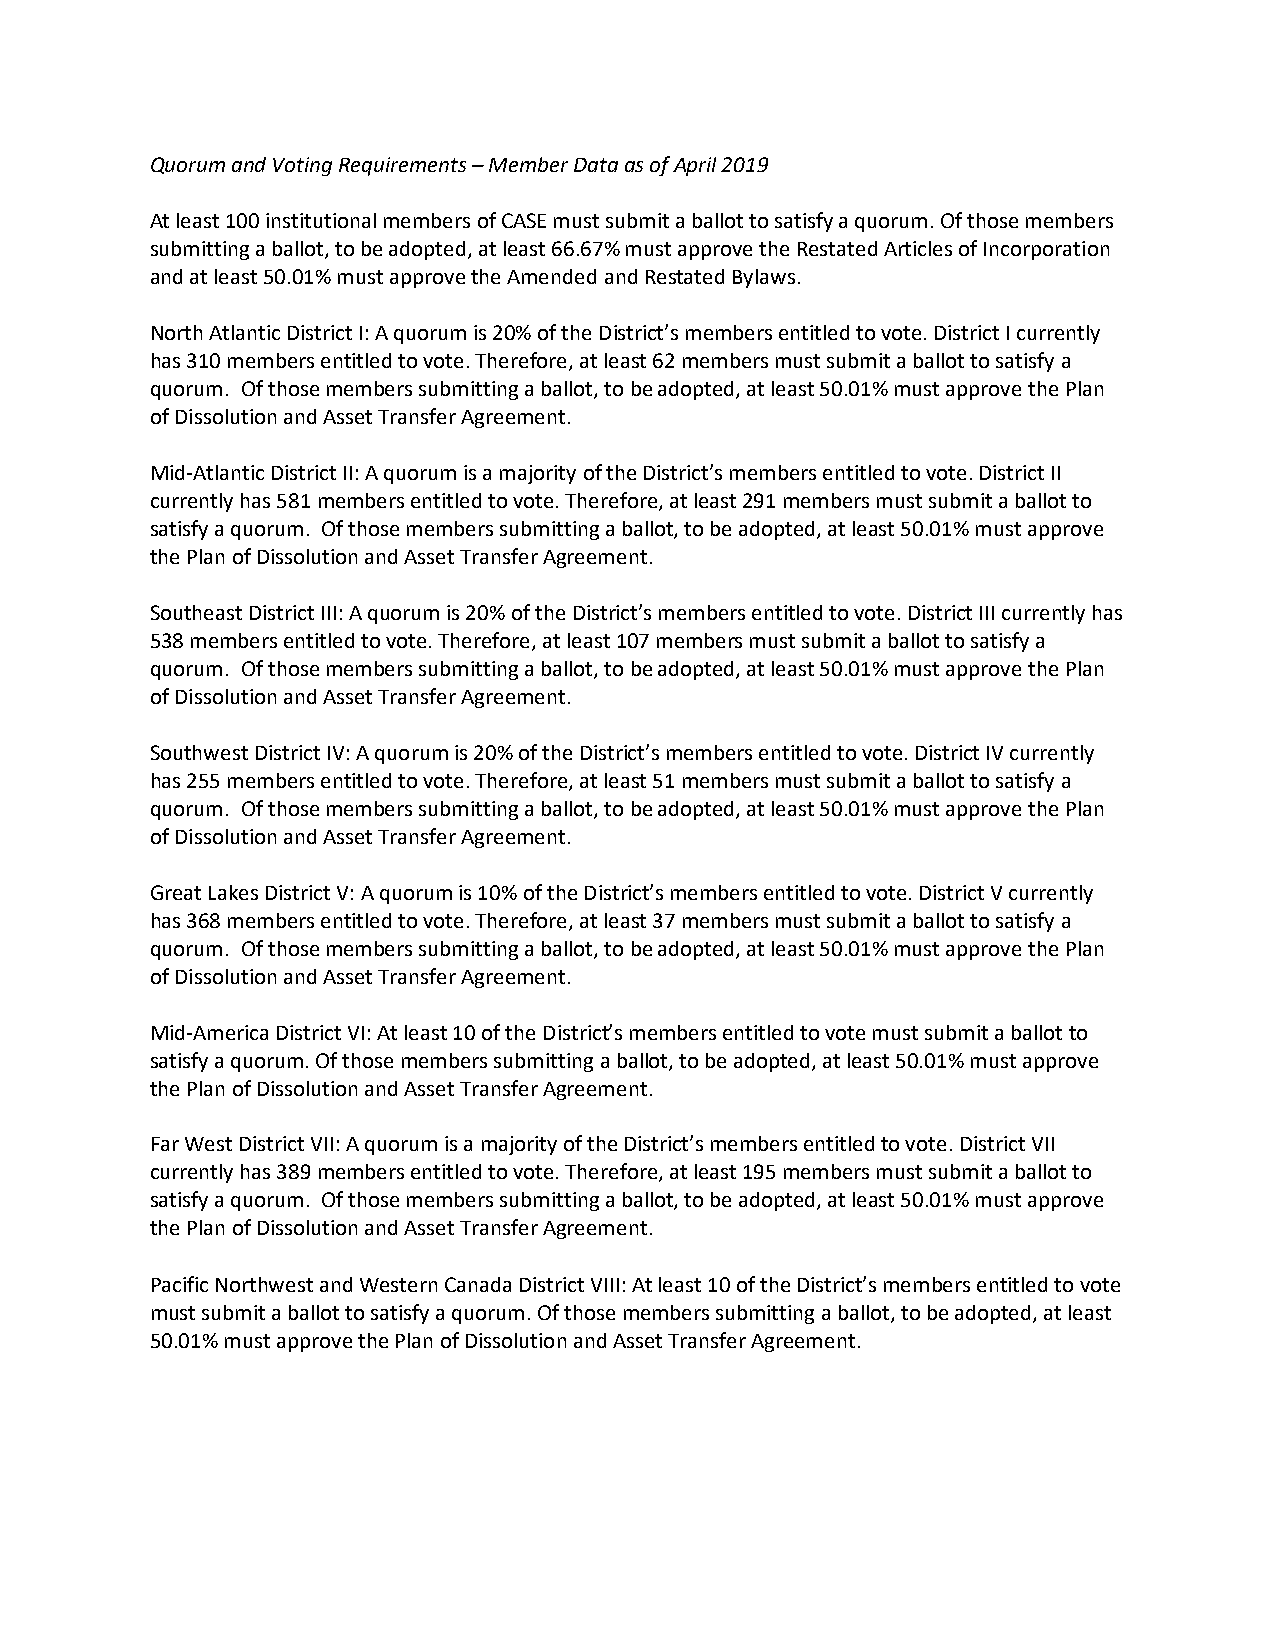
Quorum and Voting Requirements – Member Data as of April 2019
 At least 100 institutional members of CASE must submit a ballot to satisfy a quorum. Of those members
 submitting a ballot, to be adopted, at least 66.67% must approve the Restated Articles of Incorporation
 and at least 50.01% must approve the Amended and Restated Bylaws.
 North Atlantic District I: A quorum is 20% of the District’s members entitled to vote. District I currently
 has 310 members entitled to vote. Therefore, at least 62 members must submit a ballot to satisfy a
 quorum. Of those members submitting a ballot, to be adopted, at least 50.01% must approve the Plan
 of Dissolution and Asset Transfer Agreement.
 Mid-Atlantic District II: A quorum is a majority of the District’s members entitled to vote. District II
 currently has 581 members entitled to vote. Therefore, at least 291 members must submit a ballot to
 satisfy a quorum. Of those members submitting a ballot, to be adopted, at least 50.01% must approve
 the Plan of Dissolution and Asset Transfer Agreement.
 Southeast District III: A quorum is 20% of the District’s members entitled to vote. District III currently has
 538 members entitled to vote. Therefore, at least 107 members must submit a ballot to satisfy a
 quorum. Of those members submitting a ballot, to be adopted, at least 50.01% must approve the Plan
 of Dissolution and Asset Transfer Agreement.
 Southwest District IV: A quorum is 20% of the District’s members entitled to vote. District IV currently
 has 255 members entitled to vote. Therefore, at least 51 members must submit a ballot to satisfy a
 quorum. Of those members submitting a ballot, to be adopted, at least 50.01% must approve the Plan
 of Dissolution and Asset Transfer Agreement.
 Great Lakes District V: A quorum is 10% of the District’s members entitled to vote. District V currently
 has 368 members entitled to vote. Therefore, at least 37 members must submit a ballot to satisfy a
 quorum. Of those members submitting a ballot, to be adopted, at least 50.01% must approve the Plan
 of Dissolution and Asset Transfer Agreement.
 Mid-America District VI: At least 10 of the District’s members entitled to vote must submit a ballot to
 satisfy a quorum. Of those members submitting a ballot, to be adopted, at least 50.01% must approve
 the Plan of Dissolution and Asset Transfer Agreement.
 Far West District VII: A quorum is a majority of the District’s members entitled to vote. District VII
 currently has 389 members entitled to vote. Therefore, at least 195 members must submit a ballot to
 satisfy a quorum. Of those members submitting a ballot, to be adopted, at least 50.01% must approve
 the Plan of Dissolution and Asset Transfer Agreement.
 Pacific Northwest and Western Canada District VIII: At least 10 of the District’s members entitled to vote
 must submit a ballot to satisfy a quorum. Of those members submitting a ballot, to be adopted, at least
 50.01% must approve the Plan of Dissolution and Asset Transfer Agreement.